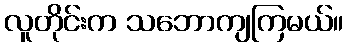
လူတိုင်းက သဘောကျကြမယ်။